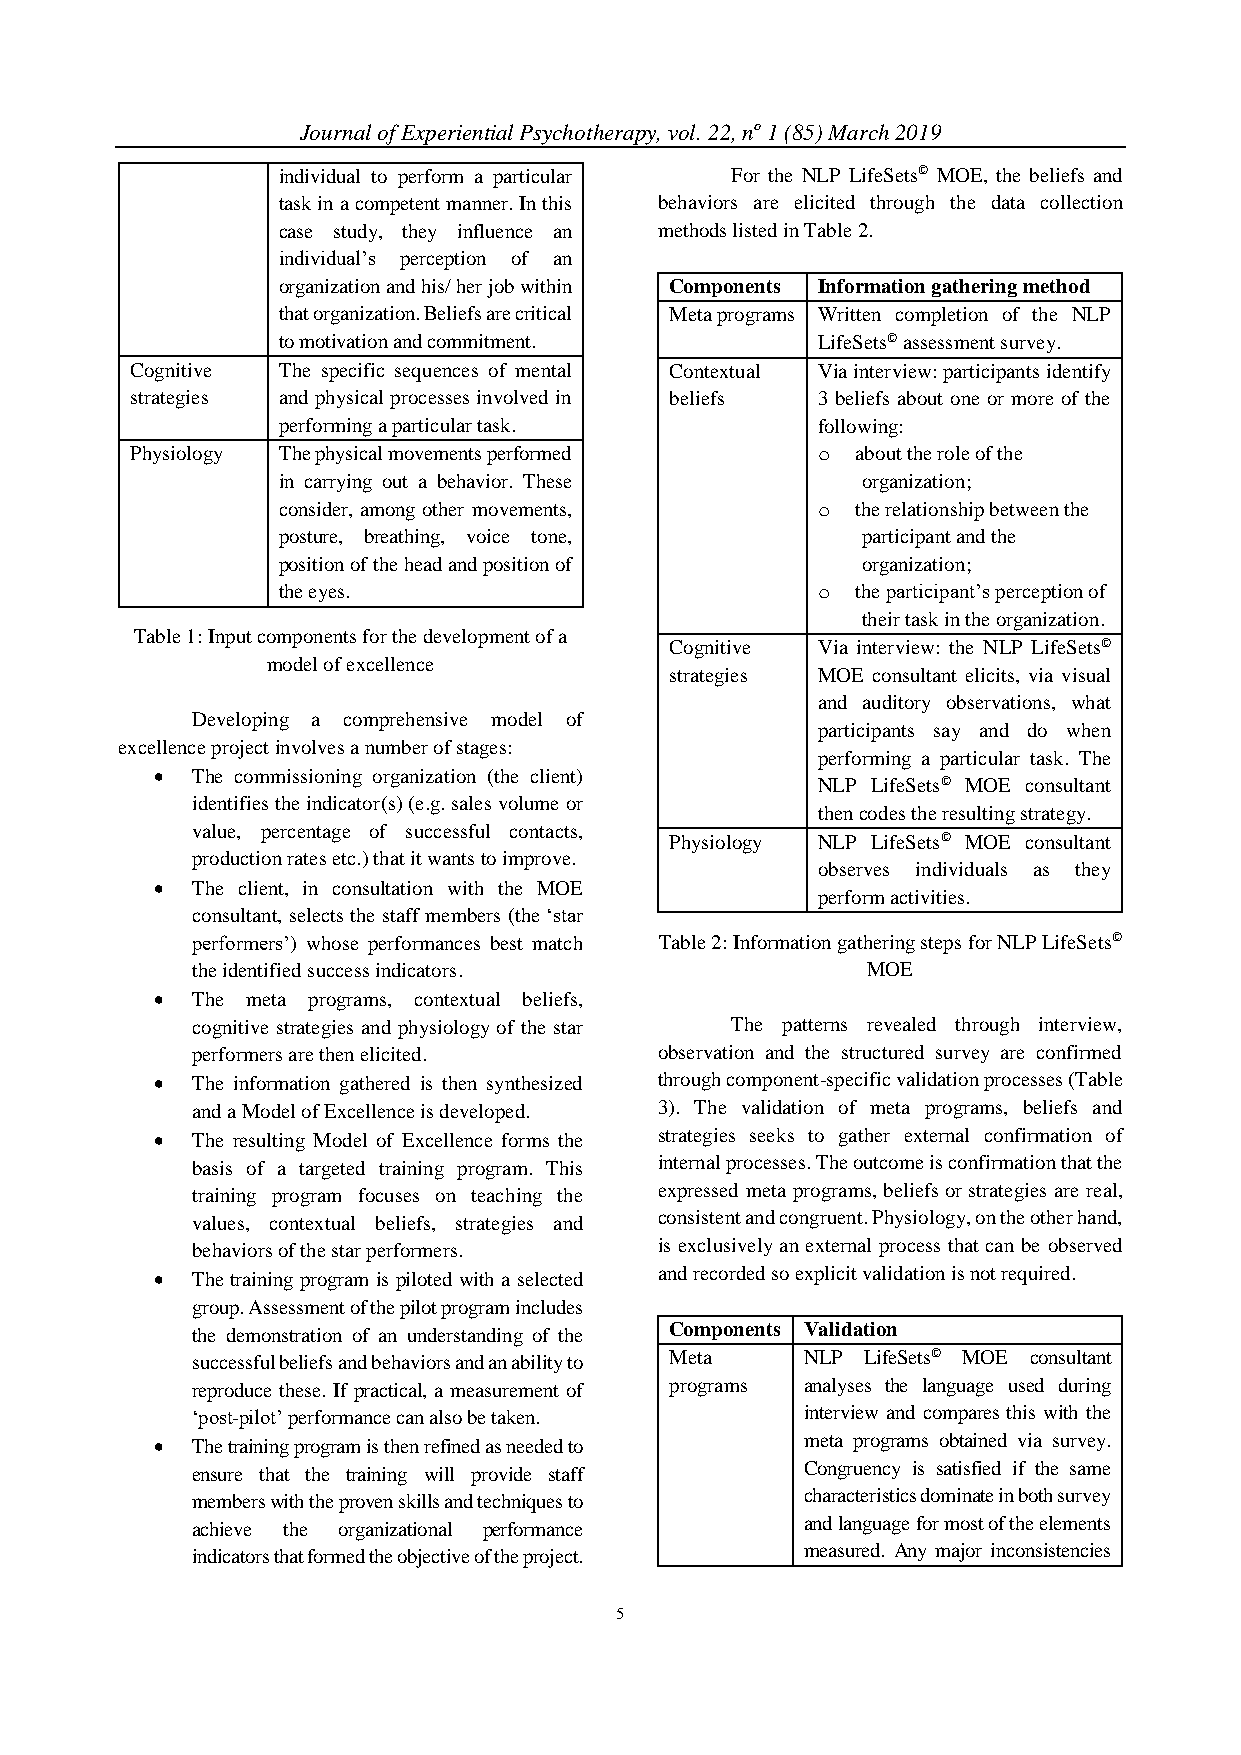
Journal of Experiential Psychotherapy, vol. 22, no 1 (85) March 2019
 individual to perform a particular For the NLP LifeSets© MOE, the beliefs and
 task in a competent manner. In this behaviors are elicited through the data collection
 case study, they influence an methods listed in Table 2.
 individual’s perception of an
 organization and his/ her job within Components Information gathering method
 that organization. Beliefs are critical Meta programs Written completion of the NLP
 to motivation and commitment.       LifeSets© assessment survey.
 Cognitive The specific sequences of mental Contextual Via interview: participants identify
 strategies and physical processes involved in beliefs 3 beliefs about one or more of the
 performing a particular task.       following:
 Physiology The physical movements performed  o  about the role of the
 in carrying out a behavior. These      organization;
 consider, among other movements,    o  the relationship between the
 posture, breathing, voice tone,        participant and the
 position of the head and position of   organization;
 the eyes.                           o  the participant’s perception of
 their task in the organization.
 Table 1: Input components for the development of a
 Cognitive Via interview: the NLP LifeSets©
 model of excellence
 strategies MOE consultant elicits, via visual
 and auditory observations, what
 Developing a comprehensive model of
 participants say and do when
 excellence project involves a number of stages:
 performing a particular task. The
 •  The commissioning organization (the client)
 NLP LifeSets© MOE consultant
 identifies the indicator(s) (e.g. sales volume or
 then codes the resulting strategy.
 value, percentage of successful contacts,
 Physiology NLP LifeSets© MOE consultant
 production rates etc.) that it wants to improve.
 observes individuals as they
 •  The client, in consultation with the MOE
 perform activities.
 consultant, selects the staff members (the ‘star
 performers’) whose performances best match Table 2: Information gathering steps for NLP LifeSets©
 the identified success indicators.          MOE
 •  The meta programs, contextual beliefs,
 cognitive strategies and physiology of the star The patterns revealed through interview,
 performers are then elicited.  observation and the structured survey are confirmed
 •  The information gathered is then synthesized through component-specific validation processes (Table
 and a Model of Excellence is developed. 3). The validation of meta programs, beliefs and
 •  The resulting Model of Excellence forms the strategies seeks to gather external confirmation of
 basis of a targeted training program. This internal processes. The outcome is confirmation that the
 training program focuses on teaching the expressed meta programs, beliefs or strategies are real,
 values, contextual beliefs, strategies and consistent and congruent. Physiology, on the other hand,
 behaviors of the star performers. is exclusively an external process that can be observed
 and recorded so explicit validation is not required.
 •  The training program is piloted with a selected
 group. Assessment of the pilot program includes
 the demonstration of an understanding of the Components Validation
 successful beliefs and behaviors and an ability to Meta NLP LifeSets© MOE consultant
 reproduce these. If practical, a measurement of programs analyses the language used during
 ‘post-pilot’ performance can also be taken. interview and compares this with the
 meta programs obtained via survey.
 •  The training program is then refined as needed to
 ensure that the training will provide staff Congruency is satisfied if the same
 members with the proven skills and techniques to characteristics dominate in both survey
 achieve the organizational performance  and language for most of the elements
 indicators that formed the objective of the project. measured. Any major inconsistencies
 5